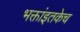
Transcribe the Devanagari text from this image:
भक्तांइतकेच